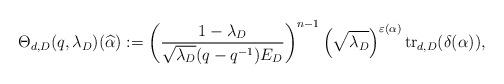
LaTeX: \begin{align*}\Theta_{d,D}(q, \lambda_D)(\widehat{\alpha}) := \left ( \frac{1 - \lambda_D}{\sqrt{\lambda_D} (q-q^{-1})E_D} \right)^{n-1} \left ( \sqrt{\lambda_D} \right)^{\varepsilon(\alpha)} {\rm tr}_{d,D}(\delta ( \alpha ) ) ,\end{align*}